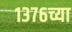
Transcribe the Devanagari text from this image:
१३७६च्या